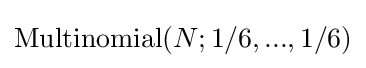
\mathrm {Multinomial} (N;1/6,...,1/6)